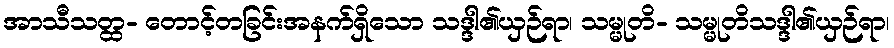
အာသီသတ္ထ- တောင့်တခြင်းအနက်ရှိသော သဒ္ဒါ၏ယှဉ်ရာ၊ သမ္မုတိ- သမ္မုတိသဒ္ဒါ၏ယှဉ်ရာ၊